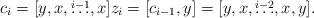
LaTeX: \begin{align*} c_i = [y,x,\overset{i-1}{\ldots},x] z_i = [c_{i-1},y] = [y,x,\overset{i-2}{\ldots},x,y]. \end{align*}